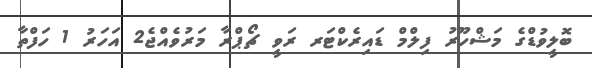
ބޮލީވުޑްގެ މަޝްހޫރު ފިލްމް ޑައިރެކްޓަރ ރަވީ ޗޯޕްރާ މަރުވެއްޖެ2 އަހަރު 1 ހަފްތާ